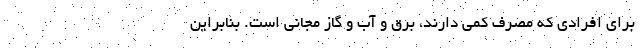
برای افرادی که مصرف کمی دارند، برق و آب و گاز مجانی است. بنابراین